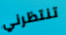
تنتظرني